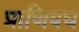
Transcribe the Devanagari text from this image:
प्राणिवध